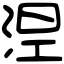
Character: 𣵀